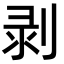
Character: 剥